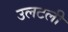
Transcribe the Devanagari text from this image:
उलटली